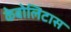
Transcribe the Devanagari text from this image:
केबोलिटास